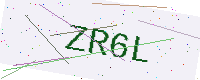
Text: ZR6L